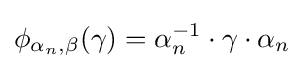
\phi _{\alpha _{n},\beta }(\gamma )=\alpha _{n}^{-1}\cdot \gamma \cdot \alpha _{n}